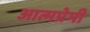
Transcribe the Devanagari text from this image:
आत्मप्रेमी